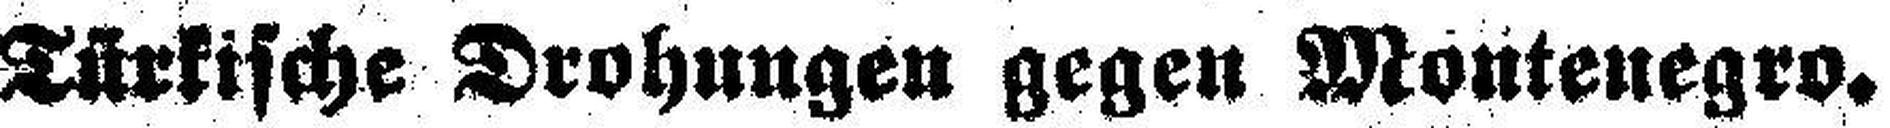
Türkische Drohungen gegen Montenegro.